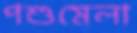
পশুমেলা